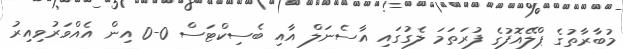
މުބާރާތުގެ ޕްލޭއޮފުގެ ފުރަތަމަ ލެގުގައި އާސެނަލް އާއި ބެސިކްޓަސް 0-0 އިން އެއްވަރުވިއިރު